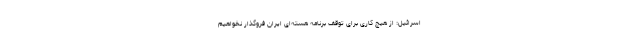
اسرائیل: از هیچ کاری برای توقف برنامه هسته‌ای ایران فروگذار نخواهیم